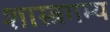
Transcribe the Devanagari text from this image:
शास्त्रगम्य